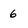
Character: 6